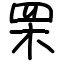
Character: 䍒